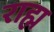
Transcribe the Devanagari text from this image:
राह्म